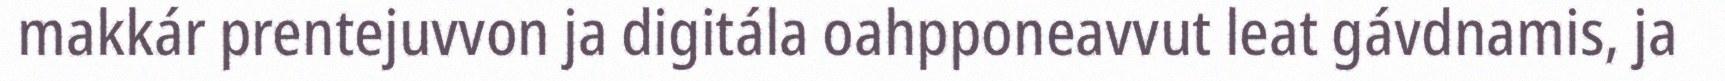
makkár prentejuvvon ja digitála oahpponeavvut leat gávdnamis, ja